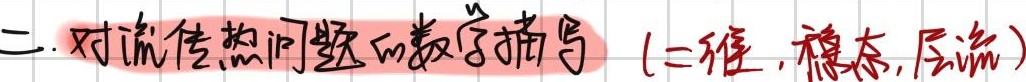
二. 对流传热问题的数学描写（二维，稳态，层流）